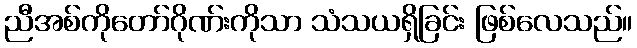
ညီအစ်ကိုတော်ဂိုဏ်းကိုသာ သံသယရှိခြင်း ဖြစ်လေသည်။